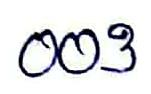
003